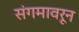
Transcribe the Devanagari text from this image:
संगमावरून